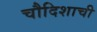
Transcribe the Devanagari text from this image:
चौदिशाची